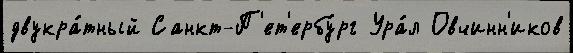
двукра́тный Санкт-П'ет'ербу́рг Ура́л Овчинн'иков